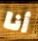
أنا